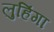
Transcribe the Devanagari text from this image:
लुहिंगा